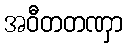
အဝီတတဏှာ